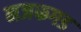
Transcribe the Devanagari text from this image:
नजफगड